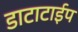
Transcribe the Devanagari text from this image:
डाटाटाईप